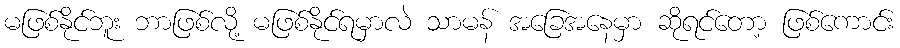
မဖြစ်နိုင်ဘူး ဘာဖြစ်လို့ မဖြစ်နိုင်ရမှာလဲ သာမန် အခြေအနေမှာ ဆိုရင်တော့ ဖြစ်ကောင်း